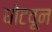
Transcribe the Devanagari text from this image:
घोटवून